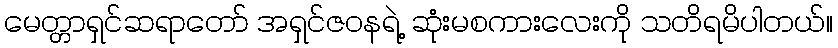
မေတ္တာရှင်ဆရာတော် အရှင်ဇဝနရဲ့ ဆုံးမစကားလေးကို သတိရမိပါတယ်။